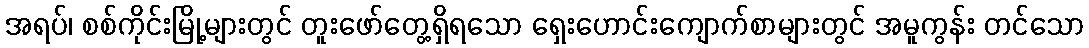
အရပ်၊ စစ်ကိုင်းမြို့များတွင် တူးဖော်တွေ့ရှိရသော ရှေးဟောင်းကျောက်စာများတွင် အမူကွန်း တင်သော